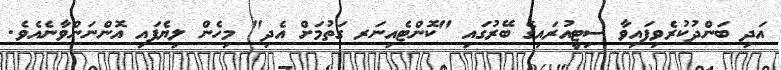
އަދި ބަންދުކުރެވިފައިވާ ސިޓީއުރައިގެ ބޭރުގައި "ކޮންޓެއިނަރ ގަތުމަށް އެދި" މިހެން ލިޔެފައި އޮންނަންވާނެއެވެ.